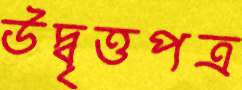
উদ্বৃত্তপত্র